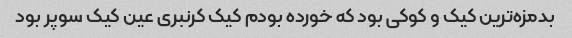
بدمزه‌ترین کیک و کوکی بود که خورده بودم کیک کرنبری عین کیک سوپر بود